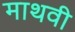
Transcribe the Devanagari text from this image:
माथवी